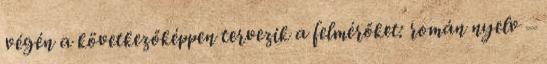
végén a következőképpen tervezik a felmérőket: román nyelv –